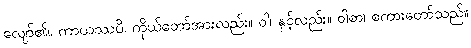
လျော်၏။ ကာယဿပိ၊ ကိုယ်တော်အားလည်း။ ဝါ၊ နှင့်လည်း။ ဝါစာ၊ စကားတော်သည်။